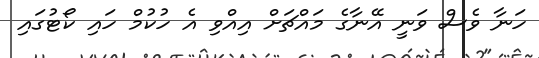
ހަނާ ވެސް ވަނީ އޭނާގެ މައްޗަށް އިއްވި އެ ހުކުމް ހައި ކޯޓުގައި